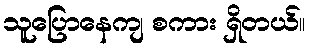
သူပြောနေကျ စကား ရှိတယ်။